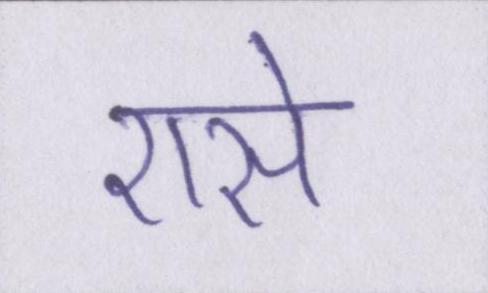
एसे